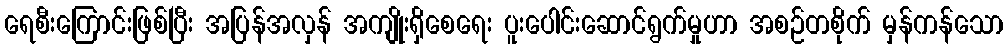
ရေစီးကြောင်းဖြစ်ပြီး အပြန်အလှန် အကျိုးရှိစေရေး ပူးပေါင်းဆောင်ရွက်မှုဟာ အစဉ်တစိုက် မှန်ကန်သော